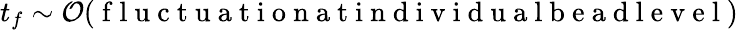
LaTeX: t_{f}\sim\mathcal{O}(\mathrm{~f~l~u~c~t~u~a~t~i~o~n~a~t~i~n~d~i~v~i~d~u~a~l~b~e~a~d~l~e~v~e~l~})